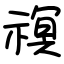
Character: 䄙